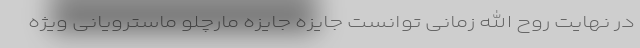
در نهایت روح الله زمانی توانست جایزه جایزه مارچلو ماسترویانی ویژه